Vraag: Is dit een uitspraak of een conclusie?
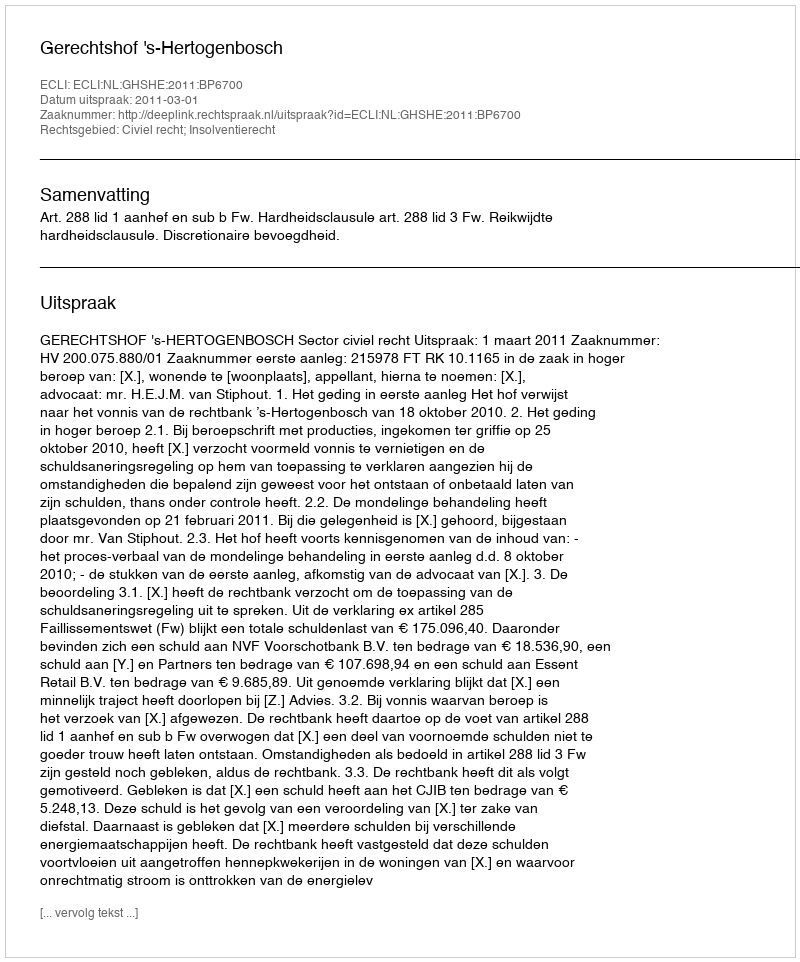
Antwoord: Uitspraak